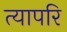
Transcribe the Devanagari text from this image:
त्यापरि